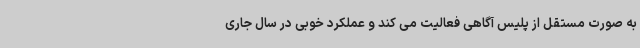
به صورت مستقل از پلیس آگاهی فعالیت می کند و عملکرد خوبی در سال جاری